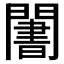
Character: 𬮑